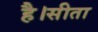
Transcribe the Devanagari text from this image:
है।सीता